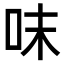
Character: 𠰌